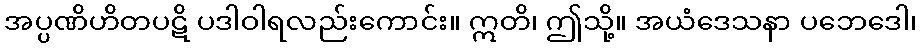
အပ္ပဏိဟိတပဋိ ပဒါဝါရလည်းကောင်း။ ဣတိ၊ ဤသို့။ အယံဒေသနာ ပဘေဒေါ၊